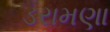
ડરામણા